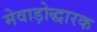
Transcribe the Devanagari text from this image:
मेवाड़ोद्धारक